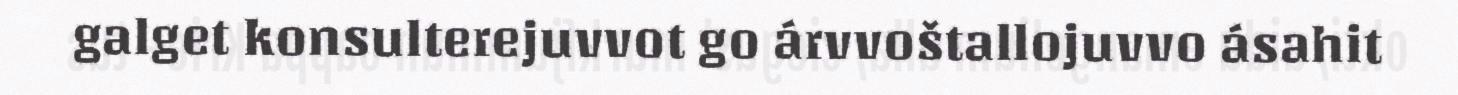
galget konsulterejuvvot go árvvoštallojuvvo ásahit